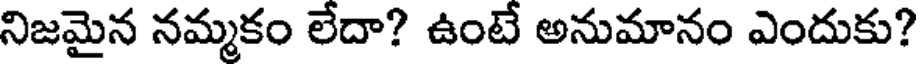
నిజమైన నమ్మకం లేదా? ఉంటే అనుమానం ఎందుకు?